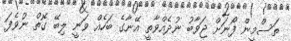
ތަސްމީން ފޯނަށް ޖަވާބު ނުދެއްވާތީ އޭނާގެ ބަހެއް ވަނީ ލިބޭ ގޮތް ނުވެފަ